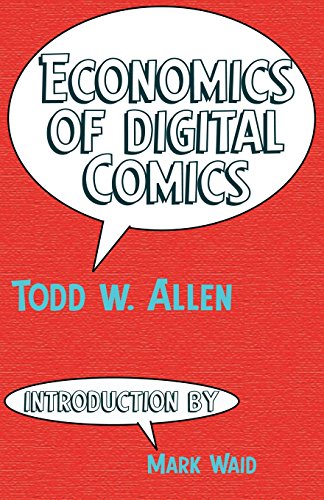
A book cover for Economics of Digital Comics; Todd W. Allen; Computers & Technology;